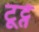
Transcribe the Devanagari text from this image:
टूट्ते